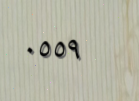
٠٥٥٩